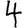
Digit: 4